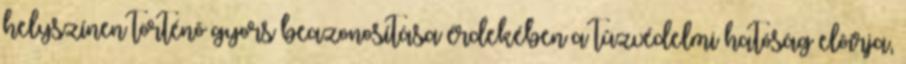
helyszínen történõ gyors beazonosítása érdekében a tûzvédelmi hatóság elõírja,